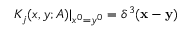
K _ { j } ( x , y ; A ) | _ { x ^ { 0 } = y ^ { 0 } } = \delta ^ { 3 } ( { \bf x } - { \bf y } )